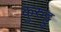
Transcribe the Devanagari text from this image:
कुरुट्टु